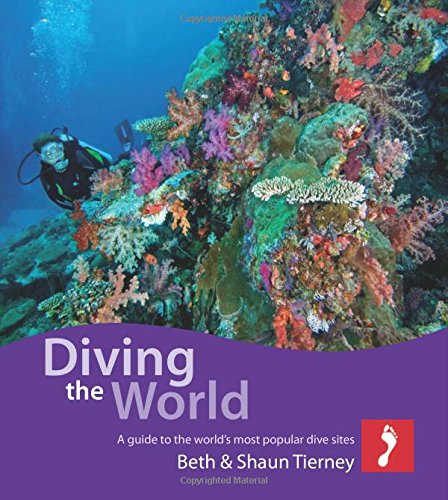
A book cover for Diving the World (Footprint - Activity Guides); Beth Tierney; Sports & Outdoors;